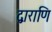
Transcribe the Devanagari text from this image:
द्वाराणि